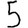
Digit: 5